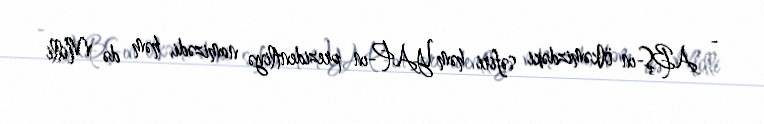
- ABŞ-ın ölkəmizdəki səfiri həm YAP-ın prezidentliyə namizədi, həm də Milli